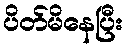
ပိတ်မိနေပြီး